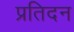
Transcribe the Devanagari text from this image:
प्रतिदन